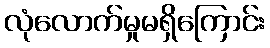
လုံလောက်မှုမရှိကြောင်း